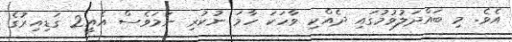
އެވެ. މި ބައްދަލުވުމުގައި ދެއްކި ވާހަކަ ހާމަ ނުކުރި ނަމަވެސް އެއީ2 ގަޑިއިރުގެ